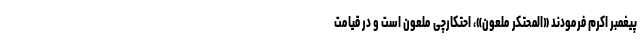
پیغمبر اکرم فرمودند «المحتکر ملعون»، احتکارچی ملعون است و در قیامت